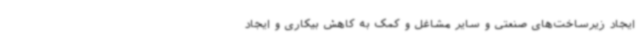
ایجاد زیرساخت‌های صنعتی و سایر مشاغل و کمک به کاهش بیکاری و ایجاد